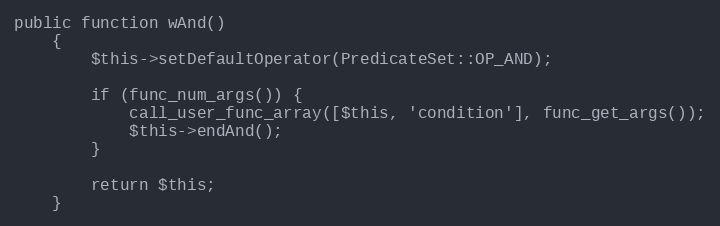
Language: PHP
public function wAnd()
    {
        $this->setDefaultOperator(PredicateSet::OP_AND);

        if (func_num_args()) {
            call_user_func_array([$this, 'condition'], func_get_args());
            $this->endAnd();
        }

        return $this;
    }